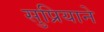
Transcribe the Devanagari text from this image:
सुप्रियाने